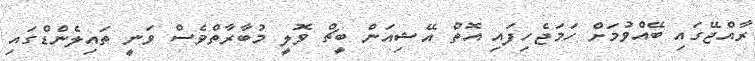
ރާއްޖޭގައި ބޭއްވުމަށް ހަމަޖެހިފައި އޮތް އޭޝިއަން ބީޗް ވޮލީ މުބާރާތްވެސް ވަނީ ތައިލެންޑްގައި